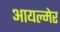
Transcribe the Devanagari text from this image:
आयल्मेर